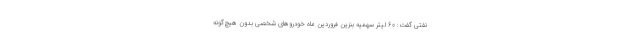
نفتی گفت: ۶۰ لیتر سهمیه بنزین فروردین ماه خودروهای شخصی بدون هیچ‌گونه